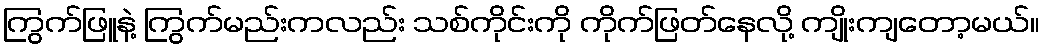
ကြွက်ဖြူနဲ့ ကြွက်မည်းကလည်း သစ်ကိုင်းကို ကိုက်ဖြတ်နေလို့ ကျိုးကျတော့မယ်။